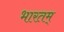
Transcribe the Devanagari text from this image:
भारतम्‌